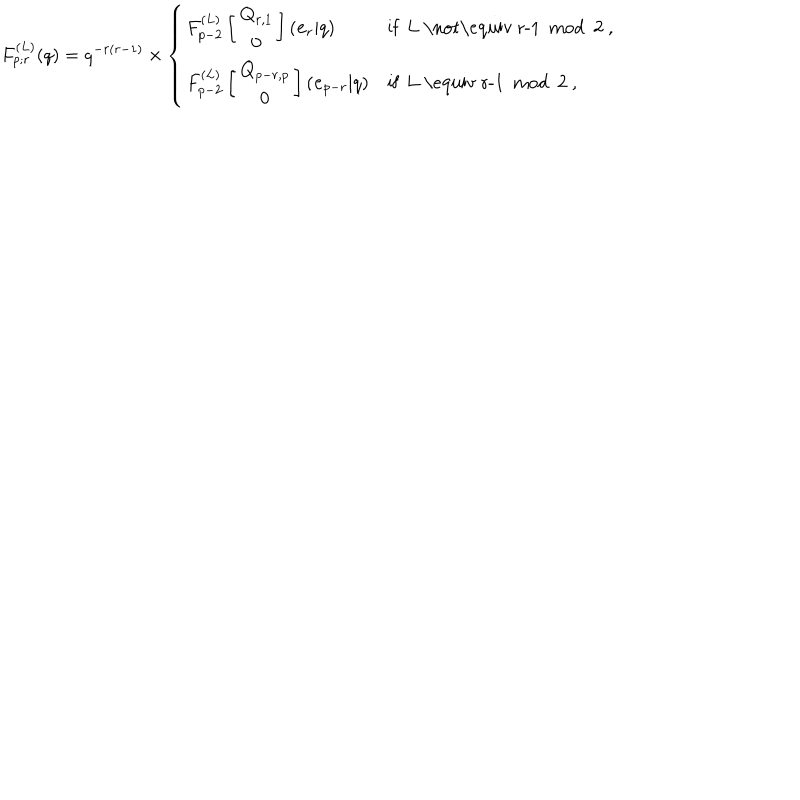
LaTeX: F _ { p ; r } ^ { ( L ) } ( q ) = q ^ { - r ( r - 1 ) } \times \left\{ \begin{array} { l l } { { F _ { p - 2 } ^ { ( L ) } \left[ \begin{array} { c } { { { \bf Q } _ { r , 1 } } } \\ { { { \bf 0 } } } \\ \end{array} \right] ( { \bf e } _ { r } | q ) } } & { { \mathrm { i f ~ L ~ \not \equiv ~ r - 1 ~ m o d ~ 2 ~ } , } } \\ { { F _ { p - 2 } ^ { ( L ) } \left[ \begin{array} { c } { { { \bf Q } _ { p - r , p } } } \\ { { { \bf 0 } } } \\ \end{array} \right] ( { \bf e } _ { p - r } | q ) } } & { { \mathrm { i f ~ L ~ \equiv ~ r - 1 ~ m o d ~ 2 ~ } , } } \\ \end{array} \right.